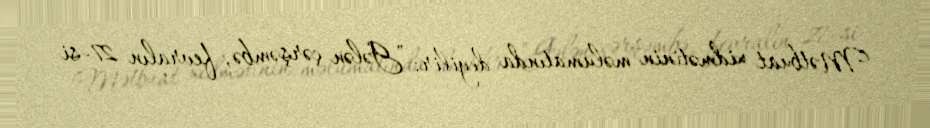
Mətbuat xidmətinin məlumatında deyilir: "Gələn çərşəmbə, fevralın 27-si